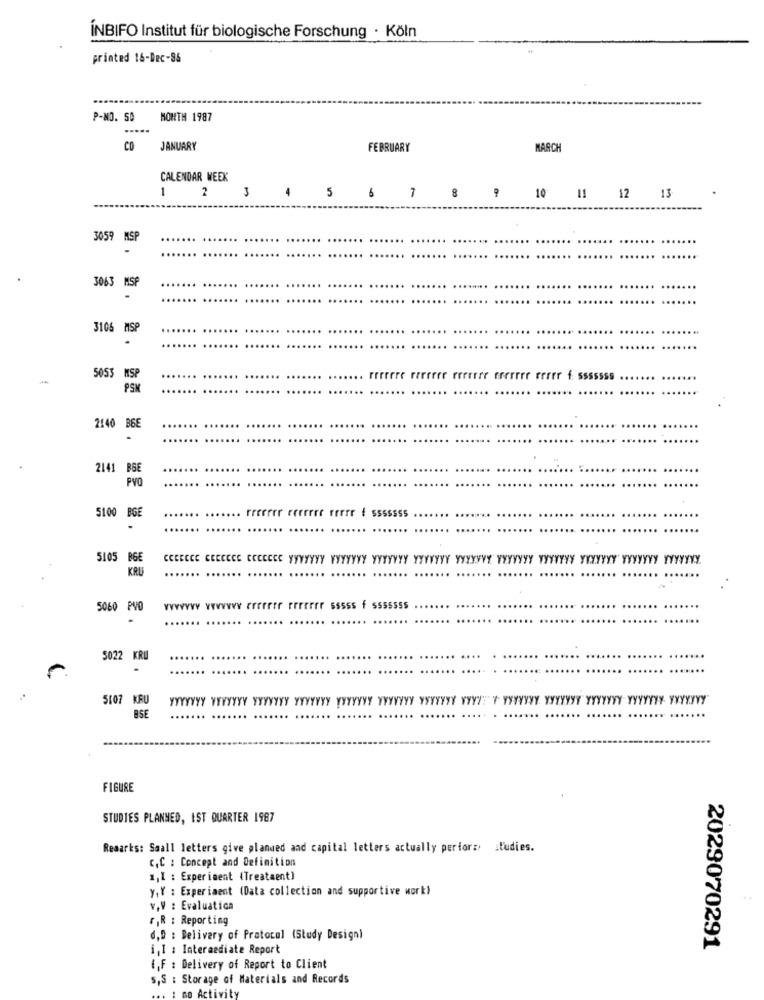
ÍNBIFO Institut für biologische Forschung · Köln
printed 16-Dec-86
P-NO. SO MONTH 1987
CO JANUARY
FEBRUARY
MARCH
CALENDAR WEEK
3
1
2
4
5 6 7 8
10 11 12 13
3059 MSP
.
3063 MSP
3106 MSP
.
5053 MSP
rrrrere rererer reeerer frerrrr rrrrr f: sssssss
PSN
2140 B6E
2141 BSE
PVO
5100 BGE
Freerer reerree rrrrr # sssssss
5105 BGE
CCCECCE CEECECE CECEECE YYYYYYY YYYYYYY YYYYYYY YYYYYYY YYYYYYY YYYYYYY YYYYYYY YYYYYYY YYYYYYY YYYYYYY.
KRUG
5060 PVO
5022 KRU
.
5107 KRU
YYYYYYYYYYYYYY YYYYYYY YYYYYYYYYYYYYY YYYYYYYYYYYYYY YYYY YYYYYYYY YYYYYYYYYYYYYY YYYYYYYYYYYYYY
BSE
FIGURE
STUDIES PLANNED, IST QUARTER 1987
Remarks: Saall letters give planned and capital letters actually perfor: studies.
c.C : Concept and Definition
",I : Experiment (Treatment)
y,Y : Experiment (Data collection and supportive work)
V.V : Evaluatica
r,R : Reporting
d,D : Delivery of Pratocal (Study Design)
i,I : Intermediate Report
2029070291
(,F : Delivery of Report to Client
s,S : Storage of Materials and Records
GO A